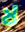
لا